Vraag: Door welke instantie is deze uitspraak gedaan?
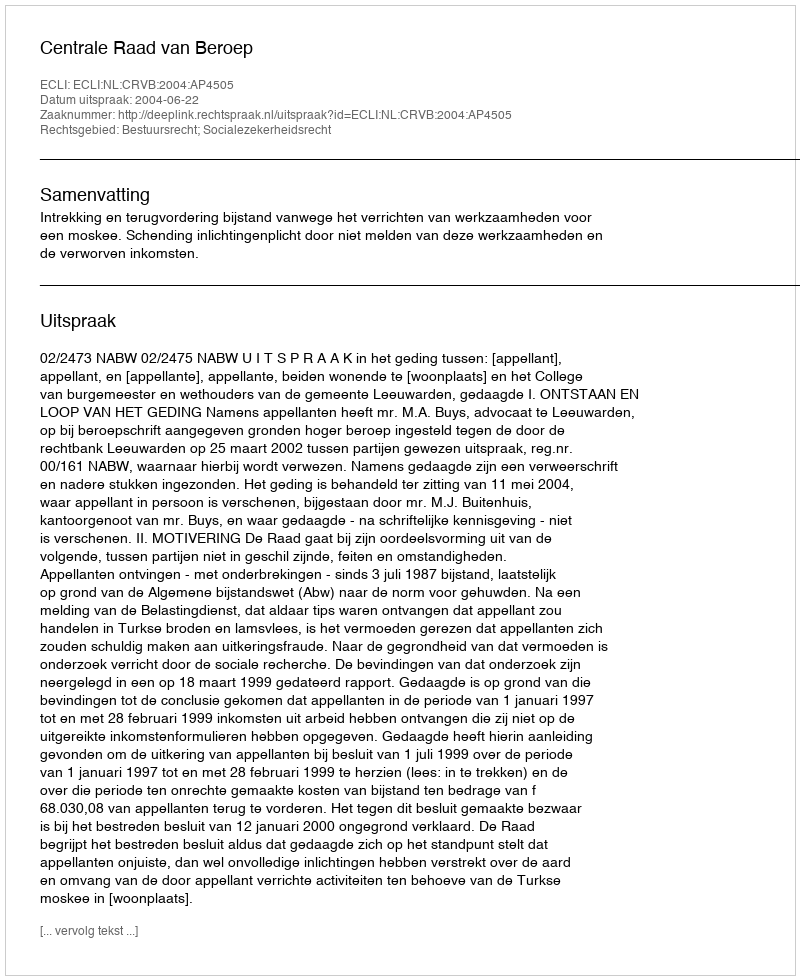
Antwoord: Centrale Raad van Beroep